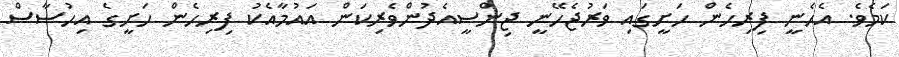
ކަމެވެ. އެހެނީ ފިރިހެން ހަށީގައި ވަރުޖެހޭނީ ޖިންސީއެދުންވެރިކަން އައުމާއެކު ފިރިހެން ހަށީގެ އިހުސާސް